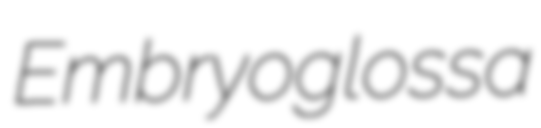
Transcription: Embryoglossa